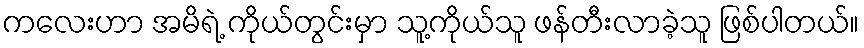
ကလေးဟာ အမိရဲ့ ကိုယ်တွင်းမှာ သူ့ကိုယ်သူ ဖန်တီးလာခဲ့သူ ဖြစ်ပါတယ်။